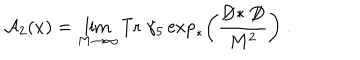
{ \cal A } _ { 2 } ( x ) = \lim _ { M \to \infty } \mathrm { T r } \; \gamma _ { 5 } \exp _ { * } \left( \frac { \not \! \! D * \not \! \! D } { M ^ { 2 } } \right) \; .